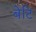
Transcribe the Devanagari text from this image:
बेटि